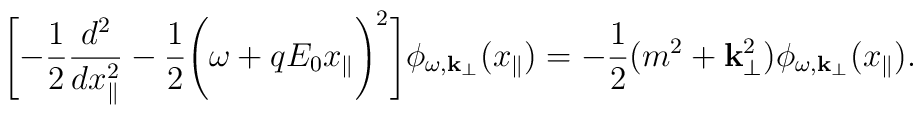
\Biggl[- \frac{1}{2} \frac{d^2}{dx_{\parallel}^2} -\frac{1}{2}\Biggl( \omega + q E_0 x_{\parallel} \Biggr)^2 \Biggr]\phi_{\omega, {\bf k}_{\perp}} (x_{\parallel}) = - \frac{1}{2}(m^2+ {\bf k}_{\perp}^2) \phi_{\omega, {\bf k}_{\perp}}(x_{\parallel}).